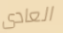
العادى